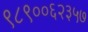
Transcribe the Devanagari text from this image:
९८९००६२३५७